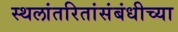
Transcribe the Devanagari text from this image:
स्थलांतरितांसंबंधीच्या